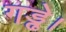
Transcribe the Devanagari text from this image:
गड्ढे।